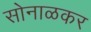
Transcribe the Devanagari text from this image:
सोनाळकर